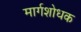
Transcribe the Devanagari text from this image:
मार्गशोधक